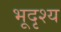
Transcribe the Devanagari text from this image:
भूदृश्‍य